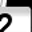
Digit: 2